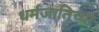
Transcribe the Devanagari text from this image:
धर्मजातिच्या